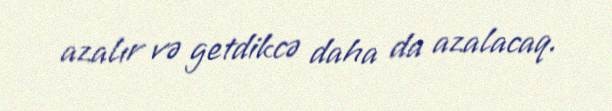
azalır və getdikcə daha da azalacaq.